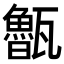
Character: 𭺨